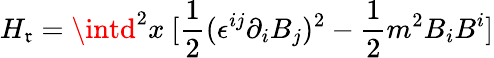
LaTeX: H_{\mathfrak{r}}=\intd^{2}x~[\frac{{1}}{{2}}(\epsilon^{ij}\partial_{i}B_{j})^{2}-\frac{{1}}{{2}}m^{2}B_{i}B^{i}]